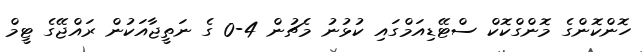
ހޮންކޮންގެ މޮންގްކޮކް ސްޓޭޑިއަމްގައި ކުޅުނު މެޗުން 4-0 ގެ ނަތީޖާއަކުން ރައްޖޭގެ ޓީމް